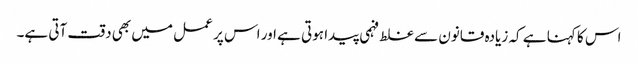
اس کا کہنا ہے کہ زیادہ قانون سے غلط فہمی پیدا ہوتی ہے اور اس پر عمل میں بھی دقت آتی ہے۔